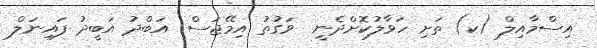
އިސްމާއިލް (ކ) ތަށި ހަވާލުކޮށްދެނީ  ވަގުތު އިމޭޖަސް: އަބްދު އަބީދު ފައިނަލް